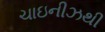
ચાઇનીઝથી